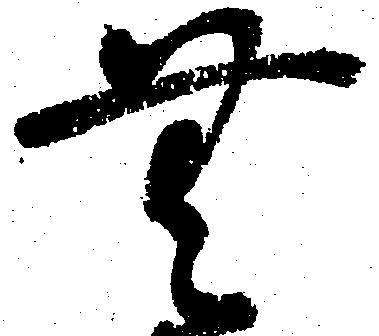
無